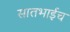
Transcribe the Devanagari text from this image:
सातभाईच